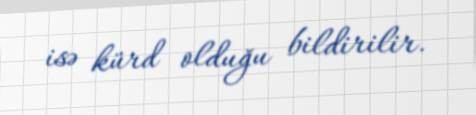
isə kürd olduğu bildirilir.